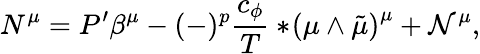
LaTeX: N^{\mu}=P^{\prime}\beta^{\mu}-(-)^{p}\frac{c_{\phi}}{T}*\! \left(\mu\wedge\tilde{\mu}\right)^{\mu}+{\cal N}^{\mu},